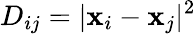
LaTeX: D_{ij}=|\textbf{x}_{i}-\textbf{x}_{j}|^{2}